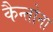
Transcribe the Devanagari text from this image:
कैन्तोना